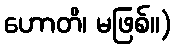
ဟောတိ၊ မဖြစ်။)